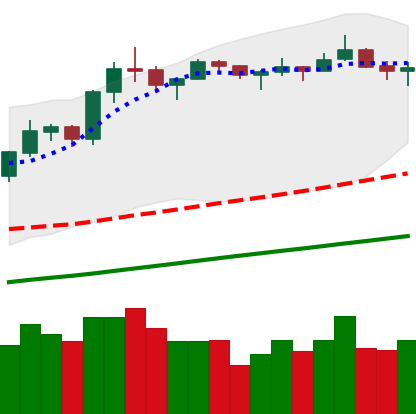
Ticker: LTC-USD
Chart end date: 2019-06-25
Forward return: -10.433%
Label: down_7plus